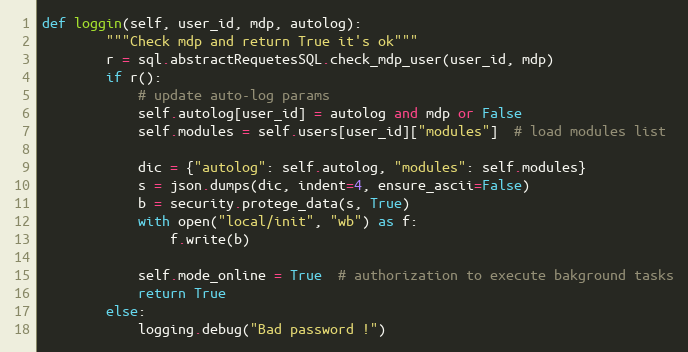
Language: Python
def loggin(self, user_id, mdp, autolog):
        """Check mdp and return True it's ok"""
        r = sql.abstractRequetesSQL.check_mdp_user(user_id, mdp)
        if r():
            # update auto-log params
            self.autolog[user_id] = autolog and mdp or False
            self.modules = self.users[user_id]["modules"]  # load modules list

            dic = {"autolog": self.autolog, "modules": self.modules}
            s = json.dumps(dic, indent=4, ensure_ascii=False)
            b = security.protege_data(s, True)
            with open("local/init", "wb") as f:
                f.write(b)

            self.mode_online = True  # authorization to execute bakground tasks
            return True
        else:
            logging.debug("Bad password !")